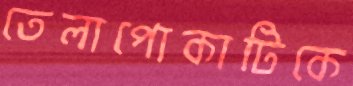
তেলাপোকাটিকে